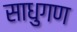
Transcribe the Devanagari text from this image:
साधुगण